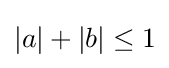
|a|+|b|\leq 1